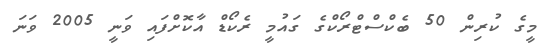
މީގެ ކުރިން 50 ބެކްސްޓްރޯކްގެ ގައުމީ ރެކޯޑް އާކޮށްފައި ވަނީ 2005 ވަނަ